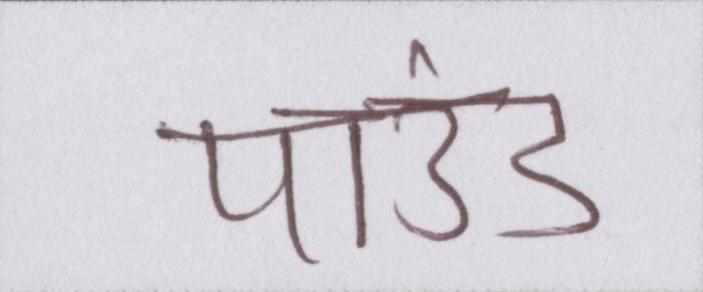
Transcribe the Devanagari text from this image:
पाउंड